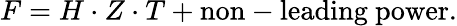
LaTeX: F=H\cdot Z\cdot T+\mathrm{non-leading~power}.